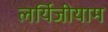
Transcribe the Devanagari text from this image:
लर्यिजीयाम